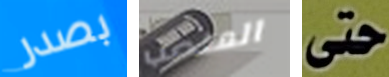
بصدر المنصب حتى